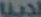
لدينا